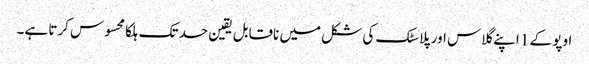
اوپو کے 1 اپنے گلاس اور پلاسٹک کی شکل میں ناقابل یقین حد تک ہلکا محسوس کرتا ہے۔